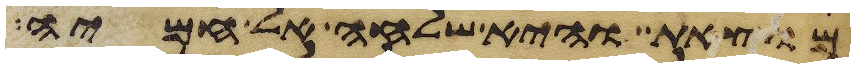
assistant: מוצאת והיא שלחה אל חמיה